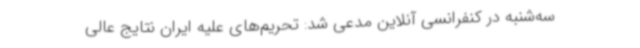
سه‌شنبه در کنفرانسی آنلاین مدعی شد: تحریم‌های علیه ایران نتایج عالی